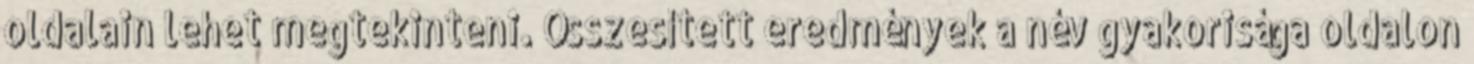
oldalain lehet megtekinteni. Összesített eredmények a név gyakorisága oldalon